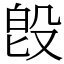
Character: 𣪘